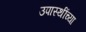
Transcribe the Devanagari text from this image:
उपास्थींच्या